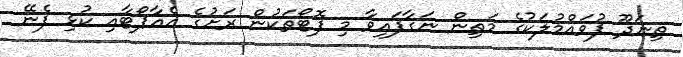
ތިނަދޫ ފުވައްމުލަކުގެ މަތިން ނަގާފައިވާ މި ފޮޓޯތަކުން ރަށުގެ އެއާޕޯޓާއި ކުޅި ފެނޭ